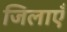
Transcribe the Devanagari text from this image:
जिलाएँ